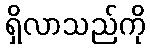
ရှိလာသည်ကို